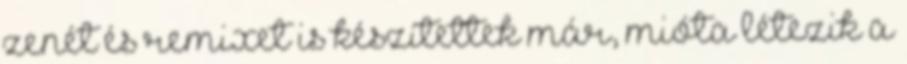
zenét és remixet is készítettek már, mióta létezik a